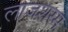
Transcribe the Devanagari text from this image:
लाजशरम